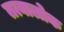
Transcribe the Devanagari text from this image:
तत्वालोक